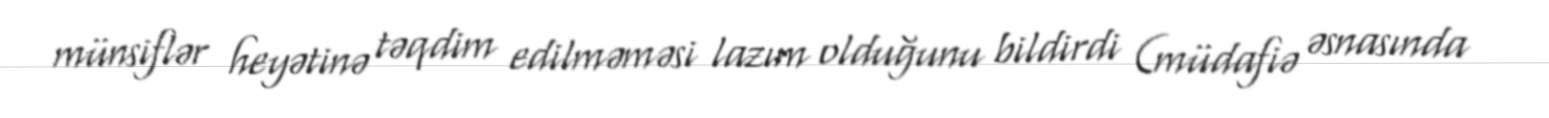
münsiflər heyətinə təqdim edilməməsi lazım olduğunu bildirdi (müdafiə əsnasında